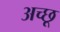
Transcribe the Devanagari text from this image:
अच्छू